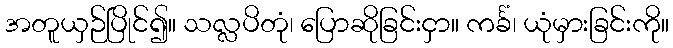
အတူယှဉ်ပြိုင်၍။ သလ္လပိတုံ၊ ပြောဆိုခြင်းငှာ။ ကင်္ခံ၊ ယုံမှားခြင်းကို။